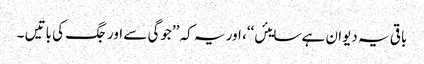
باقی یہ دیوان ہے سایئں‘‘، اور یہ کہ ’’جوگی سے اور جگ کی باتیں ۔